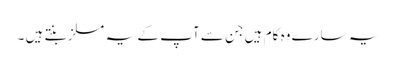
یہ سارے وہ کام ہیں جن سے آپ کے یہ مسلز بنتے ہیں ۔